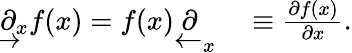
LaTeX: \begin{array}{rl}{\underrightarrow{\partial}_{x}f(x)=f(x)\underleftarrow{\partial}_{x}}&{{}\equiv\frac{\partial f(x)}{\partial x}.}\end{array}